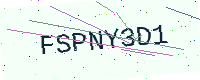
Text: FSPNY3D1